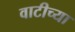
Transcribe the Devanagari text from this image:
वाटीच्या